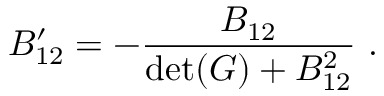
B _ { 1 2 } ^ { \prime } = - { \frac { B _ { 1 2 } } { \operatorname * { d e t } ( G ) + B _ { 1 2 } ^ { 2 } } } ~ .